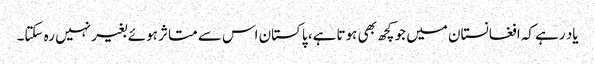
یاد رہے کہ افغانستان میں جو کچھ بھی ہوتا ہے، پاکستان اس سے متاثر ہوئے بغیر نہیں رہ سکتا۔